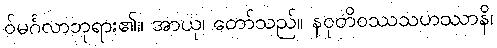
ဝ်မင်္ဂလာဘုရား၏။ အာယု၊ တော်သည်။ နဝုတိဝဿသဟဿာနိ၊